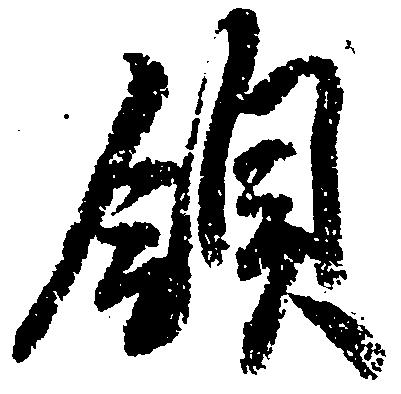
領